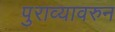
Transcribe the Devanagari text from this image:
पुराव्यावरुन